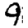
Digit: 9